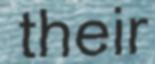
their